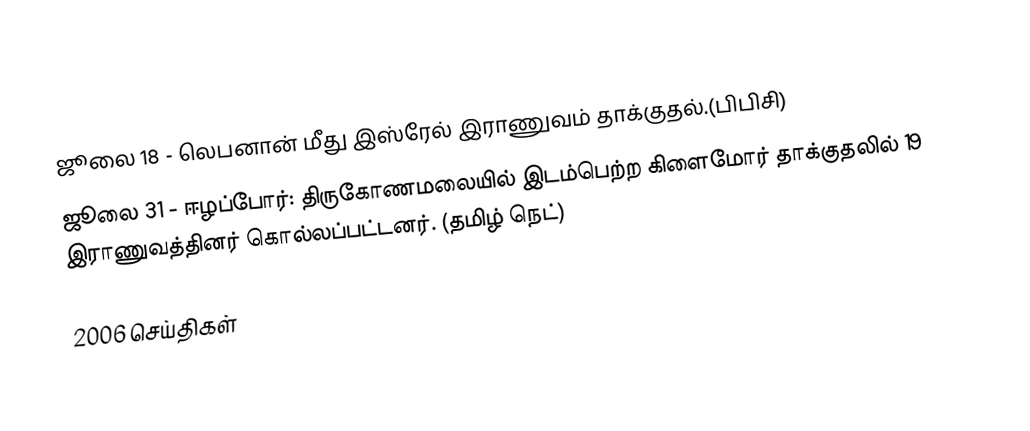
ஜூலை 18 - லெபனான் மீது இஸ்ரேல் இராணுவம் தாக்குதல்.(பிபிசி)
 ஜூலை 31 - ஈழப்போர்: திருகோணமலையில் இடம்பெற்ற கிளைமோர் தாக்குதலில் 19 இராணுவத்தினர் கொல்லப்பட்டனர். (தமிழ் நெட்)

2006 செய்திகள்